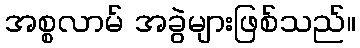
အစ္စလာမ် အခွဲများဖြစ်သည်။